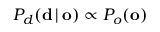
P _ { d } ( \mathbf { d } \, | \, \mathbf { o } ) \propto P _ { o } ( \mathbf { o } )